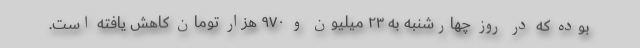
بوده که در روز چهارشنبه به ۲۳ میلیون و ۹۷۰ هزار تومان کاهش یافته است.